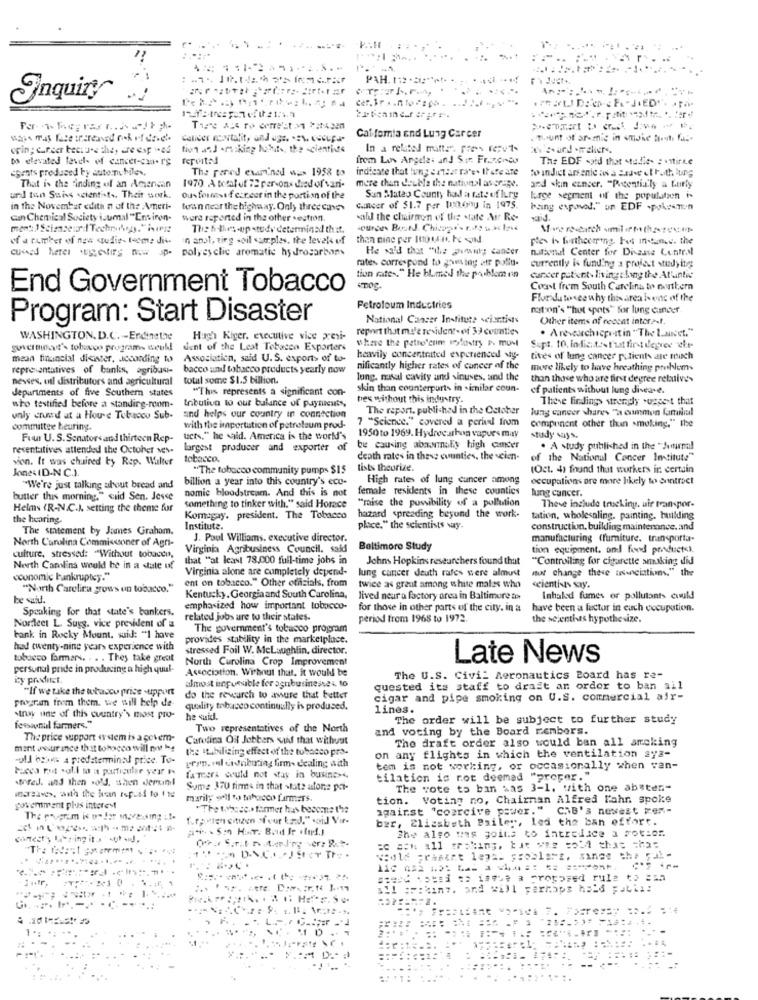
3.4
PAH. 12 .Ei:"
Inquiry
cer. Brainforso
Cal fomia end Lung Carcer
. mount of aremic in smoke Bienhi fas-
ein; cancer tecture the, are esp wad
ein; cancer tecture the, are eop ad tion and .risking habits, the scientists
In a related matter. pres repu1-
bo elevated level- of cancer-cia. r's
fervit:d
from Los Angeles and Sur. Francnes
The EDF said that studie. : * stifte
cpents produced by automobiles.
The pared examined wus 1958 to
indicate that lung ertest rate. If ere ate
to indict arsenic as a Bad.e et both lung
more than deubla the national average.
and skin cancer. "Potentially a f.urly
That is the finding of an American
1970 A totalof 72 persons died of vari-
und ton Suis scientists. Their work.
Ous formest f exacer in the portion of the
San Mateo County ha a rate of ILry
large segment of the population i.
in the November edith n of the Ameri-
luan near the highway. Only three cines
cancer of $1.7 per 100gny in 1975.
being expoved." on EDF -pokemon
can Chemical Society isumal "Environ-
were reported in the other section.
wald the chairnon of the state Air Re-
The hi-lhes-opstodv determined that.
of a number of new studie- teome dis-
in anut, ting soil samples, the level of
then nine per 100en. ho and
ples is forthcoming. For instance. the
cussed herer gestire now sp- polyesclic aromatic hydrocarbons
He said that "the posing cancer
national Center for Disease Control
rates correspond to giesing atr pollu-
currently is funding a project studying
tion rates." He blumed the problem en
cancer patient- living cling the Atlantic
End Government Tobacco
Coast frem South Carolina tr northern
Florida to see why thisarea Isone of the
Petroloum Industries
nation's ""hot spots" for lung cancer.
Program: Start Disaster
National Cancer Institute scientists
Other items of recent intera.f.
report that mule resident - of 39 counties
·Arevearchicpr stin " The Lancet."
WASHINGTON, D.C. - Endinethe
Hugh Kiger, executive vice presi-
where the petroleum modustry P. muMl
guiersinart's tobevoo programs weull
dent of the Leaf Tobacco Exporters
Supt. 10. indicifast'at first degree "che-
mean financial disister, according to
Association, said U. S. exports of to-
heavily concentrated experienced vy-
tives of lung cancer patients are touch
representatives of banks, agribusi-
bacco and tobacco products yearly now
nificantly higher rates of cancer of the
more likely to have breathing problems
Bevsex, ofl distributors and agricultural
total some $1.5 billion.
long. nasal cavity and sinuses, and the
than those who are first degree rebuives
departments of five Southern states
"This represents a significant con-
skin than counterparts in similar coun-
of patients without lung disease.
bes without this industry.
These findings strongly suggest that
who testified before a standing-room-
Inbution to our balance of paysicuts,
The report, published in the October
lung cancer shares "a common familial
unly crend at a House Tobacco Sub- and helps our country in connection
and helps our country in connection
7 "Science." covered a period from
component other than smoking." the
committee hearing.
with the importation of petroleum prod-
1950 to 1969. Hydrocarbon vapurs may
Four U.S. Senators and thirteen Rep-
uchs," he said. America is the world's
study says.
resentatives attended the October ves-
largest producer and exporter of
be causing abamolly high cancer
. A study published in the "Journal
vion. It was chaired by Rep. Walter
tobacco.
death rates in these counties, the cien-
of the National Cancer Institute"
Jones (D-N C.).
"The tobacco community pumps $15
lists theorize.
(Oct. 4) found that workers in certain
billion a year into this country's eco-
High rates of lung cancer among
occupations are more likely to contract
"We're just talking about bread and
nomie bloodstream. And this is not
female residents in these counties
butter this morning." said Sen. Jesse
"mise the possibility of a pollution
lung cancer.
These include trueking, uir transpor-
Helms IR-N.C.J setting the theme for
something to tinker with." said Horace
the hearing.
Komagay. president. The Tobacco
hazard spreading beyond the work-
tation, wholesaling. painting, building
The statement by James Graham.
Institute.
place." the scientists way.
construction, building maintenance, and
North Carolina Commissioner of Agri-
J. Paul Williams, executive director.
manufacturing (furniture. transporta-
Virginia Agribusiness Council, said
Baltimore Study
tion equipment. and food products).
culture, stressed: "Without tobacco,
that "at least 78.000 full-time jobs in
Johns Hopkins researchers found that
"Controlling for cigarette amaking did
North Carolina would be in a state of
Virginia alone are completely depend-
lung cancer deuth rafes were almost
not change these anunciations." t
economic bankruptcy."
ent on tobacco." Other officials, from
"North Carolina grows un tobacco."
twice as graut among white males who
scientists say".
be said.
Kentucky, Georgia and South Carolina,
lived neur a factory area in Baltimore as
Inhaled fumes or pollutants could
Speaking for that state's bankers.
emphasized how important tobacco-
for those in other parts of the city, in a
have been a factor in euch cocupation.
related jobs are to their states.
period from 1968 to 1972.
the scientists hypothesize.
Nordleet L. Sugg, vice president of a
The government's tobacco program
bank in Rocky Mount. suid: "I have
provides stability in the marketplace.
hd twenty-nine years experience with
stressed Foil W. Mclaughlin, director.
tobacco larmars. . . . They take great
North Carolina Crop Improvement
Late News
personal pride in producing a high quul-
Association. Without that, it would be
almost inguesible for ognibusinesses to
The U.S. Civil Aeronautics Board has re-
"If we take the wubascu price -upport
quested its staff to drait an order to ban all
program from them. we will help de-
do the research to assure that better
cigar and pipe smoking on U.S. commercial air-
quality tobacco continually is produced.
lines.
tnw une of this country's most pro-
he suid.
The order will be subject to further study
fessional farmers."
Two representatives of the North
and voting by the Board members.
The price support system is a govern-
Cartina Off Jobbers said that withust
The draft order also would ban all amcking
mant assurance that tobacco will ny Me
the stabilising effect of the tobacco pro-
-old town a predeterminad price. To-
gryn. val di dnibring firm- dealing with
on any flights in which the ventilation aya-
Faces mot soll to a particular your i
tem is not working, or occasionally when van-
.Bred. and then sold, when derumnl
fameera could not stay in business
tilation is rot deemed "proper."
Suma 370 firms in that state afone por-
The vote to ban was 3-1. with one absten-
marily oll *% tobacco farmers.
tion. Voting no, Chairman Alfred Fahr spoke
goverment plus interest
.The these .. farmer has become the
against "coercive power." ChB's newest ten-
f.fouten citizen ofour kind." .Did Vit.
bær, Elizabeth Bailey, led the ban effort.
She also uns goits to intredice a motion
correcty lats ing its sur -J.
pasew pusi to ismus a proposed rule to zsa
! :: einy. and will perhaps hold publi:
1 .:
....
...: